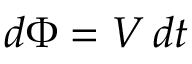
d \Phi = V \, d t